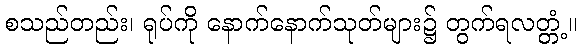
စသည်တည်း၊ ရုပ်ကို နောက်နောက်သုတ်များ၌ တွက်ရလတ္တံ့။